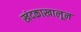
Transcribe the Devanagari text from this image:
खंदकाखालून